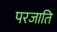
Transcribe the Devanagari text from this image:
परजाति